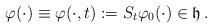
LaTeX: \begin{align*}\varphi (\cdot) \equiv \varphi(\cdot, t) := S_t \varphi_0 (\cdot) \in \mathfrak{h}\,.\end{align*}